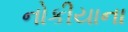
નોકીયાના